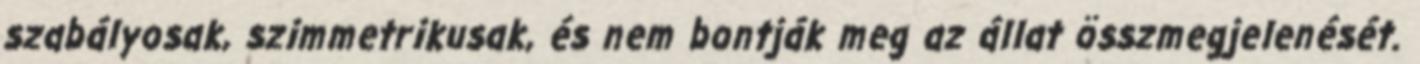
szabályosak, szimmetrikusak, és nem bontják meg az állat összmegjelenését.